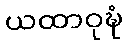
ယထာဝုဍ္ဎံ